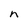
Character: n